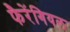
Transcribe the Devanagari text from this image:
फैरेंगियल